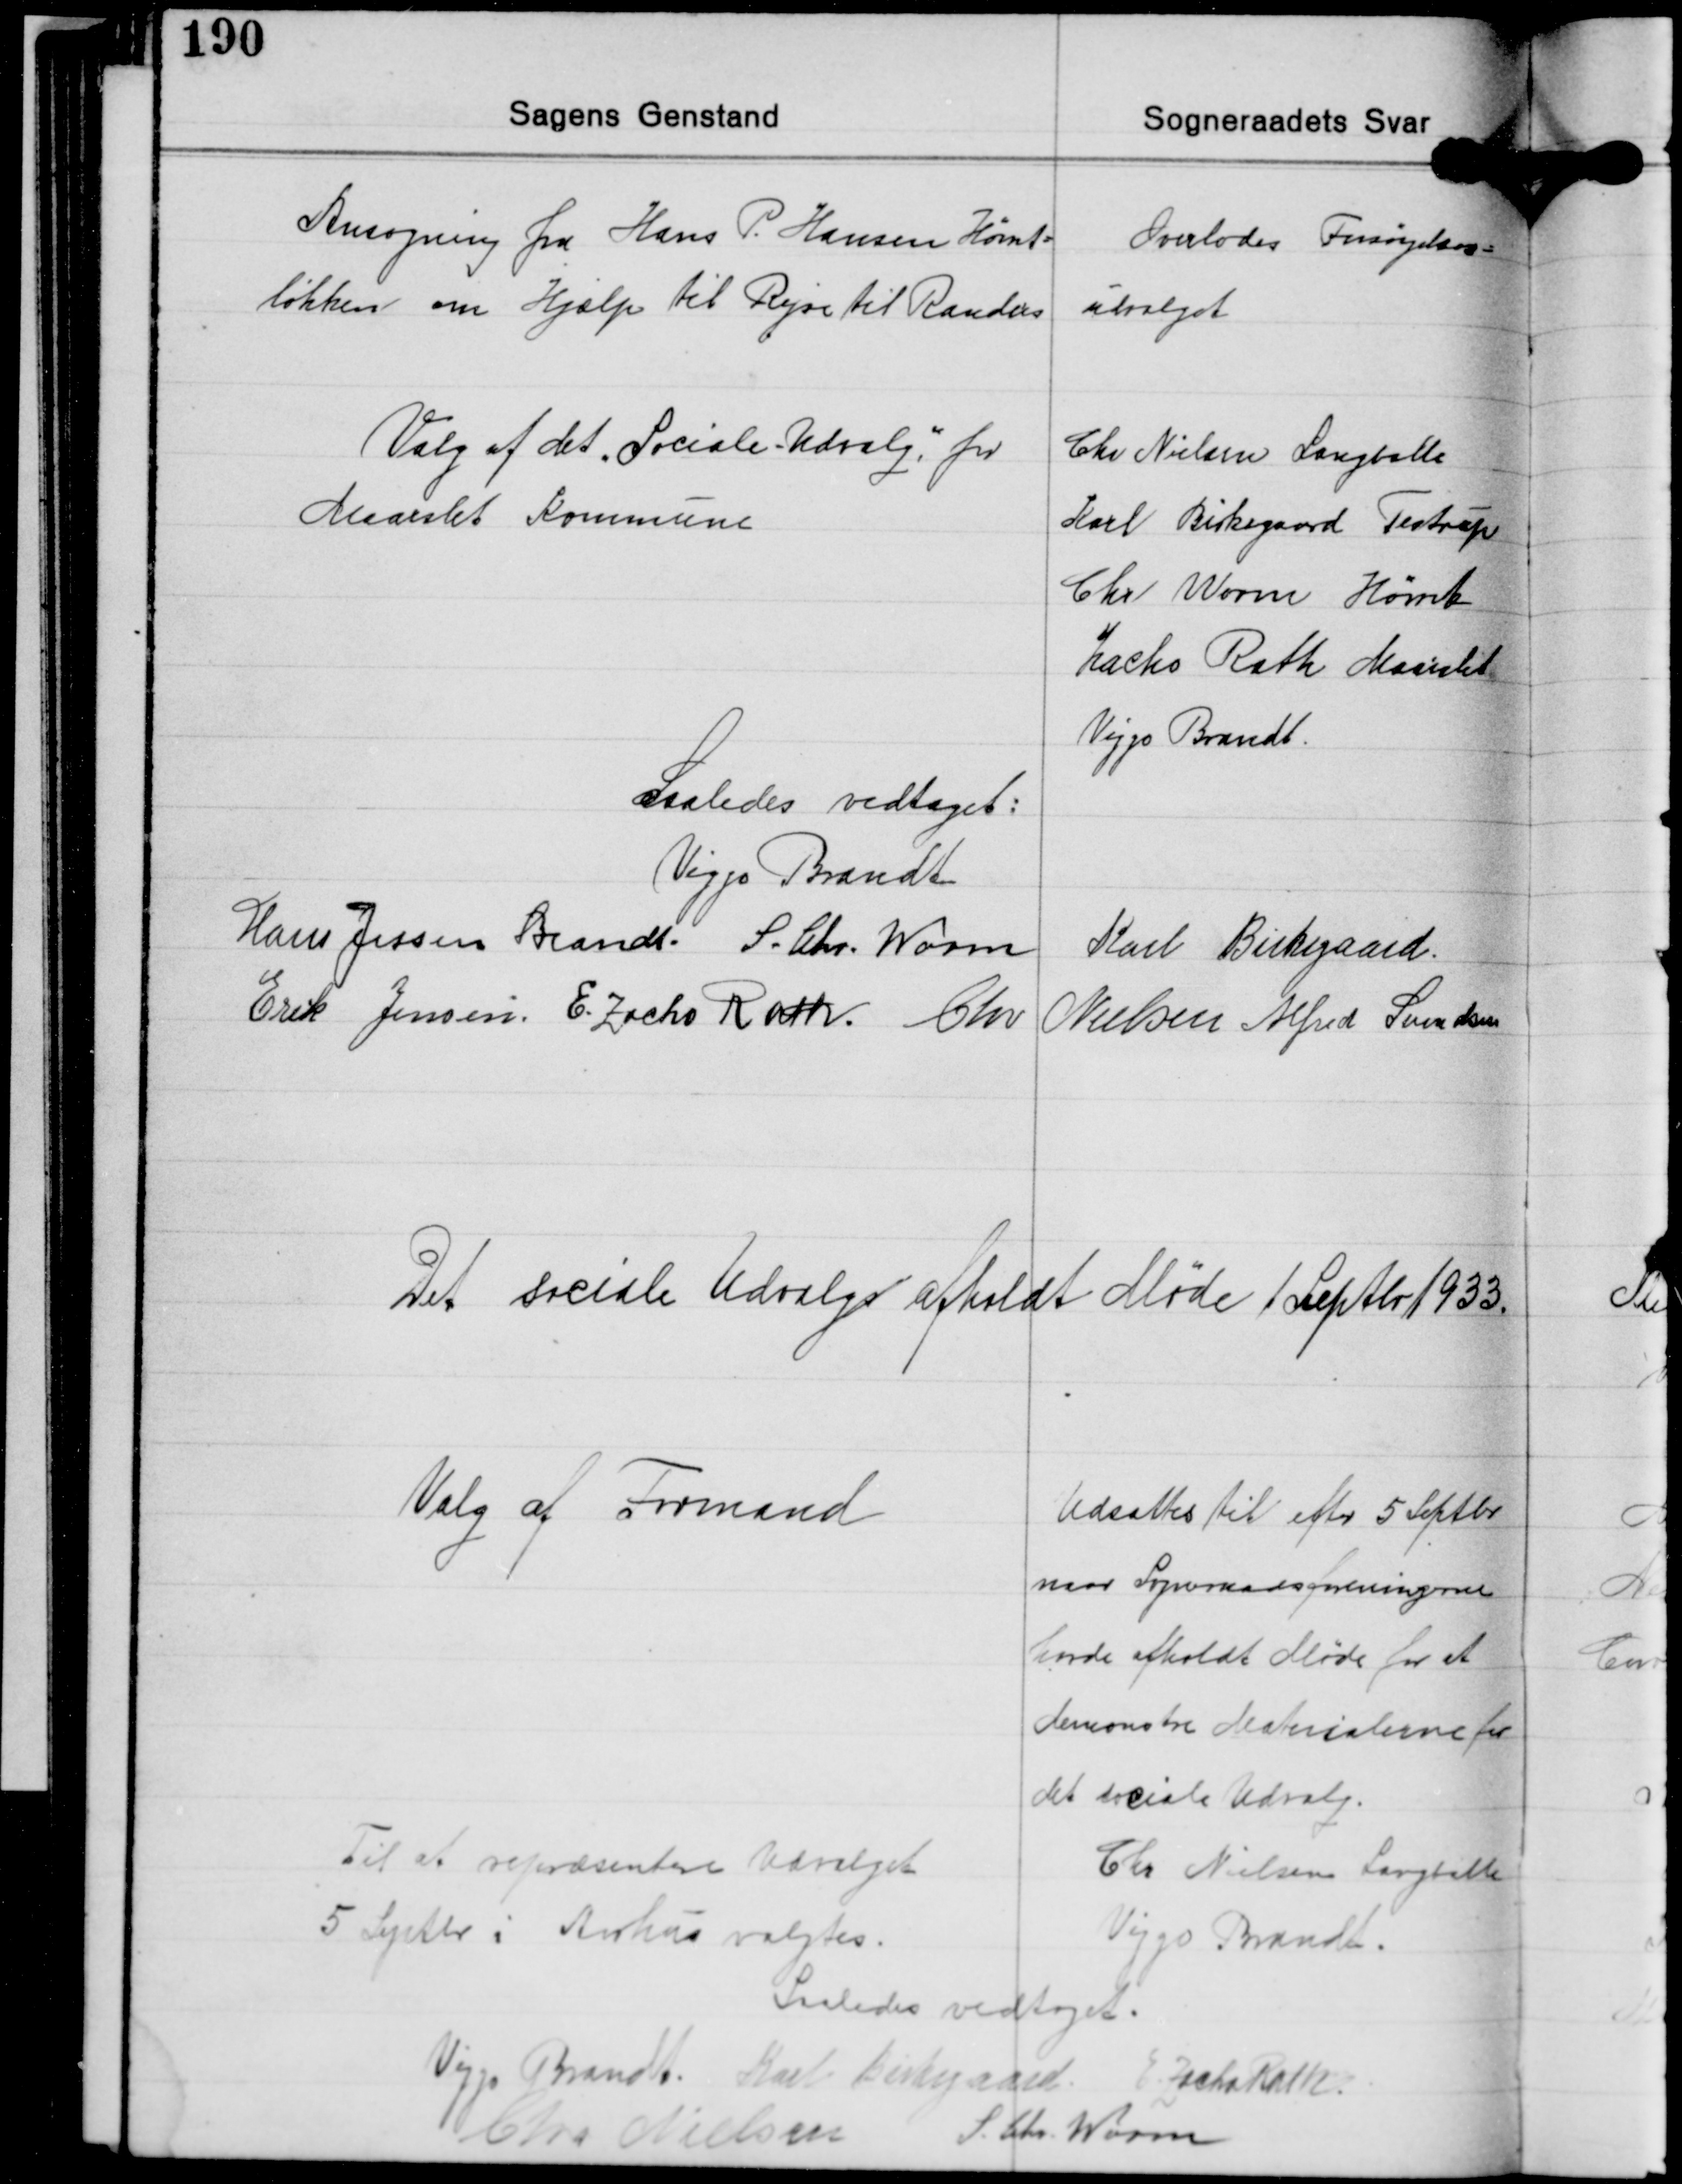
Transskription:
Ansøgning fra Hans P. Hansen Hørret-
løkken om Hjælp til Rejse til Randers

Overlodes Forsørgelses-
udvalget

Valg af det Sociale Udvalg for
Maaslet Kommune

Chr. Nielsen Langballe
Karl Birkegaard Testrup
Chr. Worm Hørret
Zacho Rath Maarslet
Viggo Brandt

Saaledes vedtaget:
Viggo Brandt
Hans Jessen Brandt S. Chr. Worm
Karl Birkegaard
Erik Jensen E. Zacho Rath Chr. Nielsen Alfred Svendsen

Det sociale Udvalge afholdt Møde 1 Septbr. 1933

Valg af Formand

Udsattes til efter 5 Septbr.
naar Sograadsforeningerne
havde afholdt Møde for at
demonstre Materialerne for
det sociale Udvalg.
Chr Nielsen Langballe
Viggo Brandt.

Til at repræsentere Udvalget
5 Septbr. i Aarhus valgtes.

Saaledes vedtaget.
Viggo Brandt Karl Birkegaard E. Zacho Rath
S. Chr. Worm
Chr. Nielsen